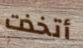
أتخذت